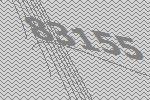
83155